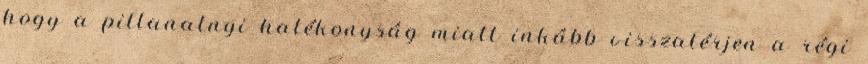
hogy a pillanatnyi hatékonyság miatt inkább visszatérjen a régi